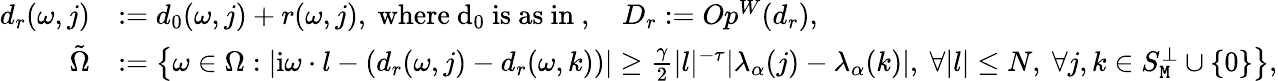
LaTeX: \begin{array}{rl}{d_{r}(\omega,j)}&{:=d_{0}(\omega,j)+r(\omega,j),\mathrm{~where~d_0~is~as~in~},\quad D_{r}:=Op^{W}(d_{r}),}\\ {\tilde{\Omega}}&{:=\left\{ \omega\in\Omega:|\mathrm{i}\omega\cdot l-(d_{r}(\omega,j)-d_{r}(\omega,k))|\ge\frac{\gamma}{2}|l|^{-\tau}|\lambda_{\alpha}(j)-\lambda_{\alpha}(k)|,\ \forall|l|\le N,\ \forall j,k\in S_{\mathtt{M}}^{\perp}\cup\left\{ 0\right\} \right\} ,}\end{array}